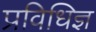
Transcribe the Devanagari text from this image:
प्रविधिज्ञ